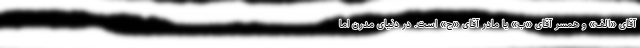
آقای «الف» و همسر آقای «ب» یا مادر آقای «ج» است. در دنیای مدرن اما